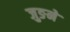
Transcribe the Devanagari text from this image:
जुङने